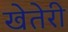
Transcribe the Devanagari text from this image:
खेतेरी